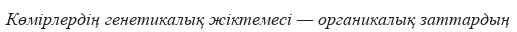
Көмірлердің генетикалық жіктемесі — органикалық заттардың